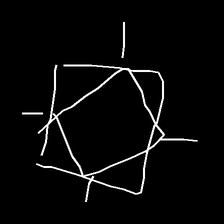
Glyph: light